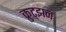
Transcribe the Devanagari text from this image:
क्रुट्झन